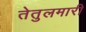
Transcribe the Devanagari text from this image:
तेतुलमारी